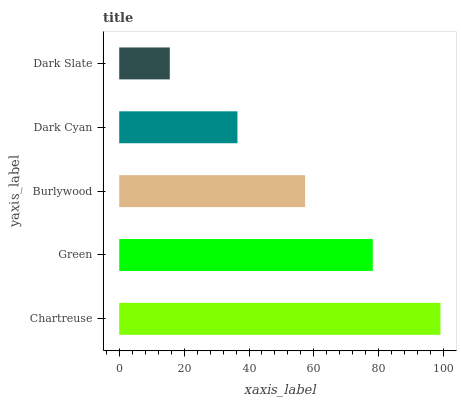
| yaxis_label | bars |
 | --- | --- |
 | Chartreuse | 99 |
 | Green | 78.1 |
 | Burlywood | 57.3 |
 | Dark Cyan | 36.4 |
 | Dark Slate | 15.6 |